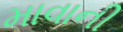
માવાની